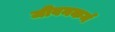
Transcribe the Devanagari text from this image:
जीवनकर्म